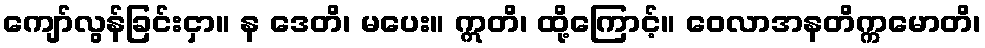
ကျော်လွန်ခြင်းငှာ။ န ဒေတိ၊ မပေး။ ဣတိ၊ ထို့ကြောင့်။ ဝေလာအနတိက္ကမောတိ၊